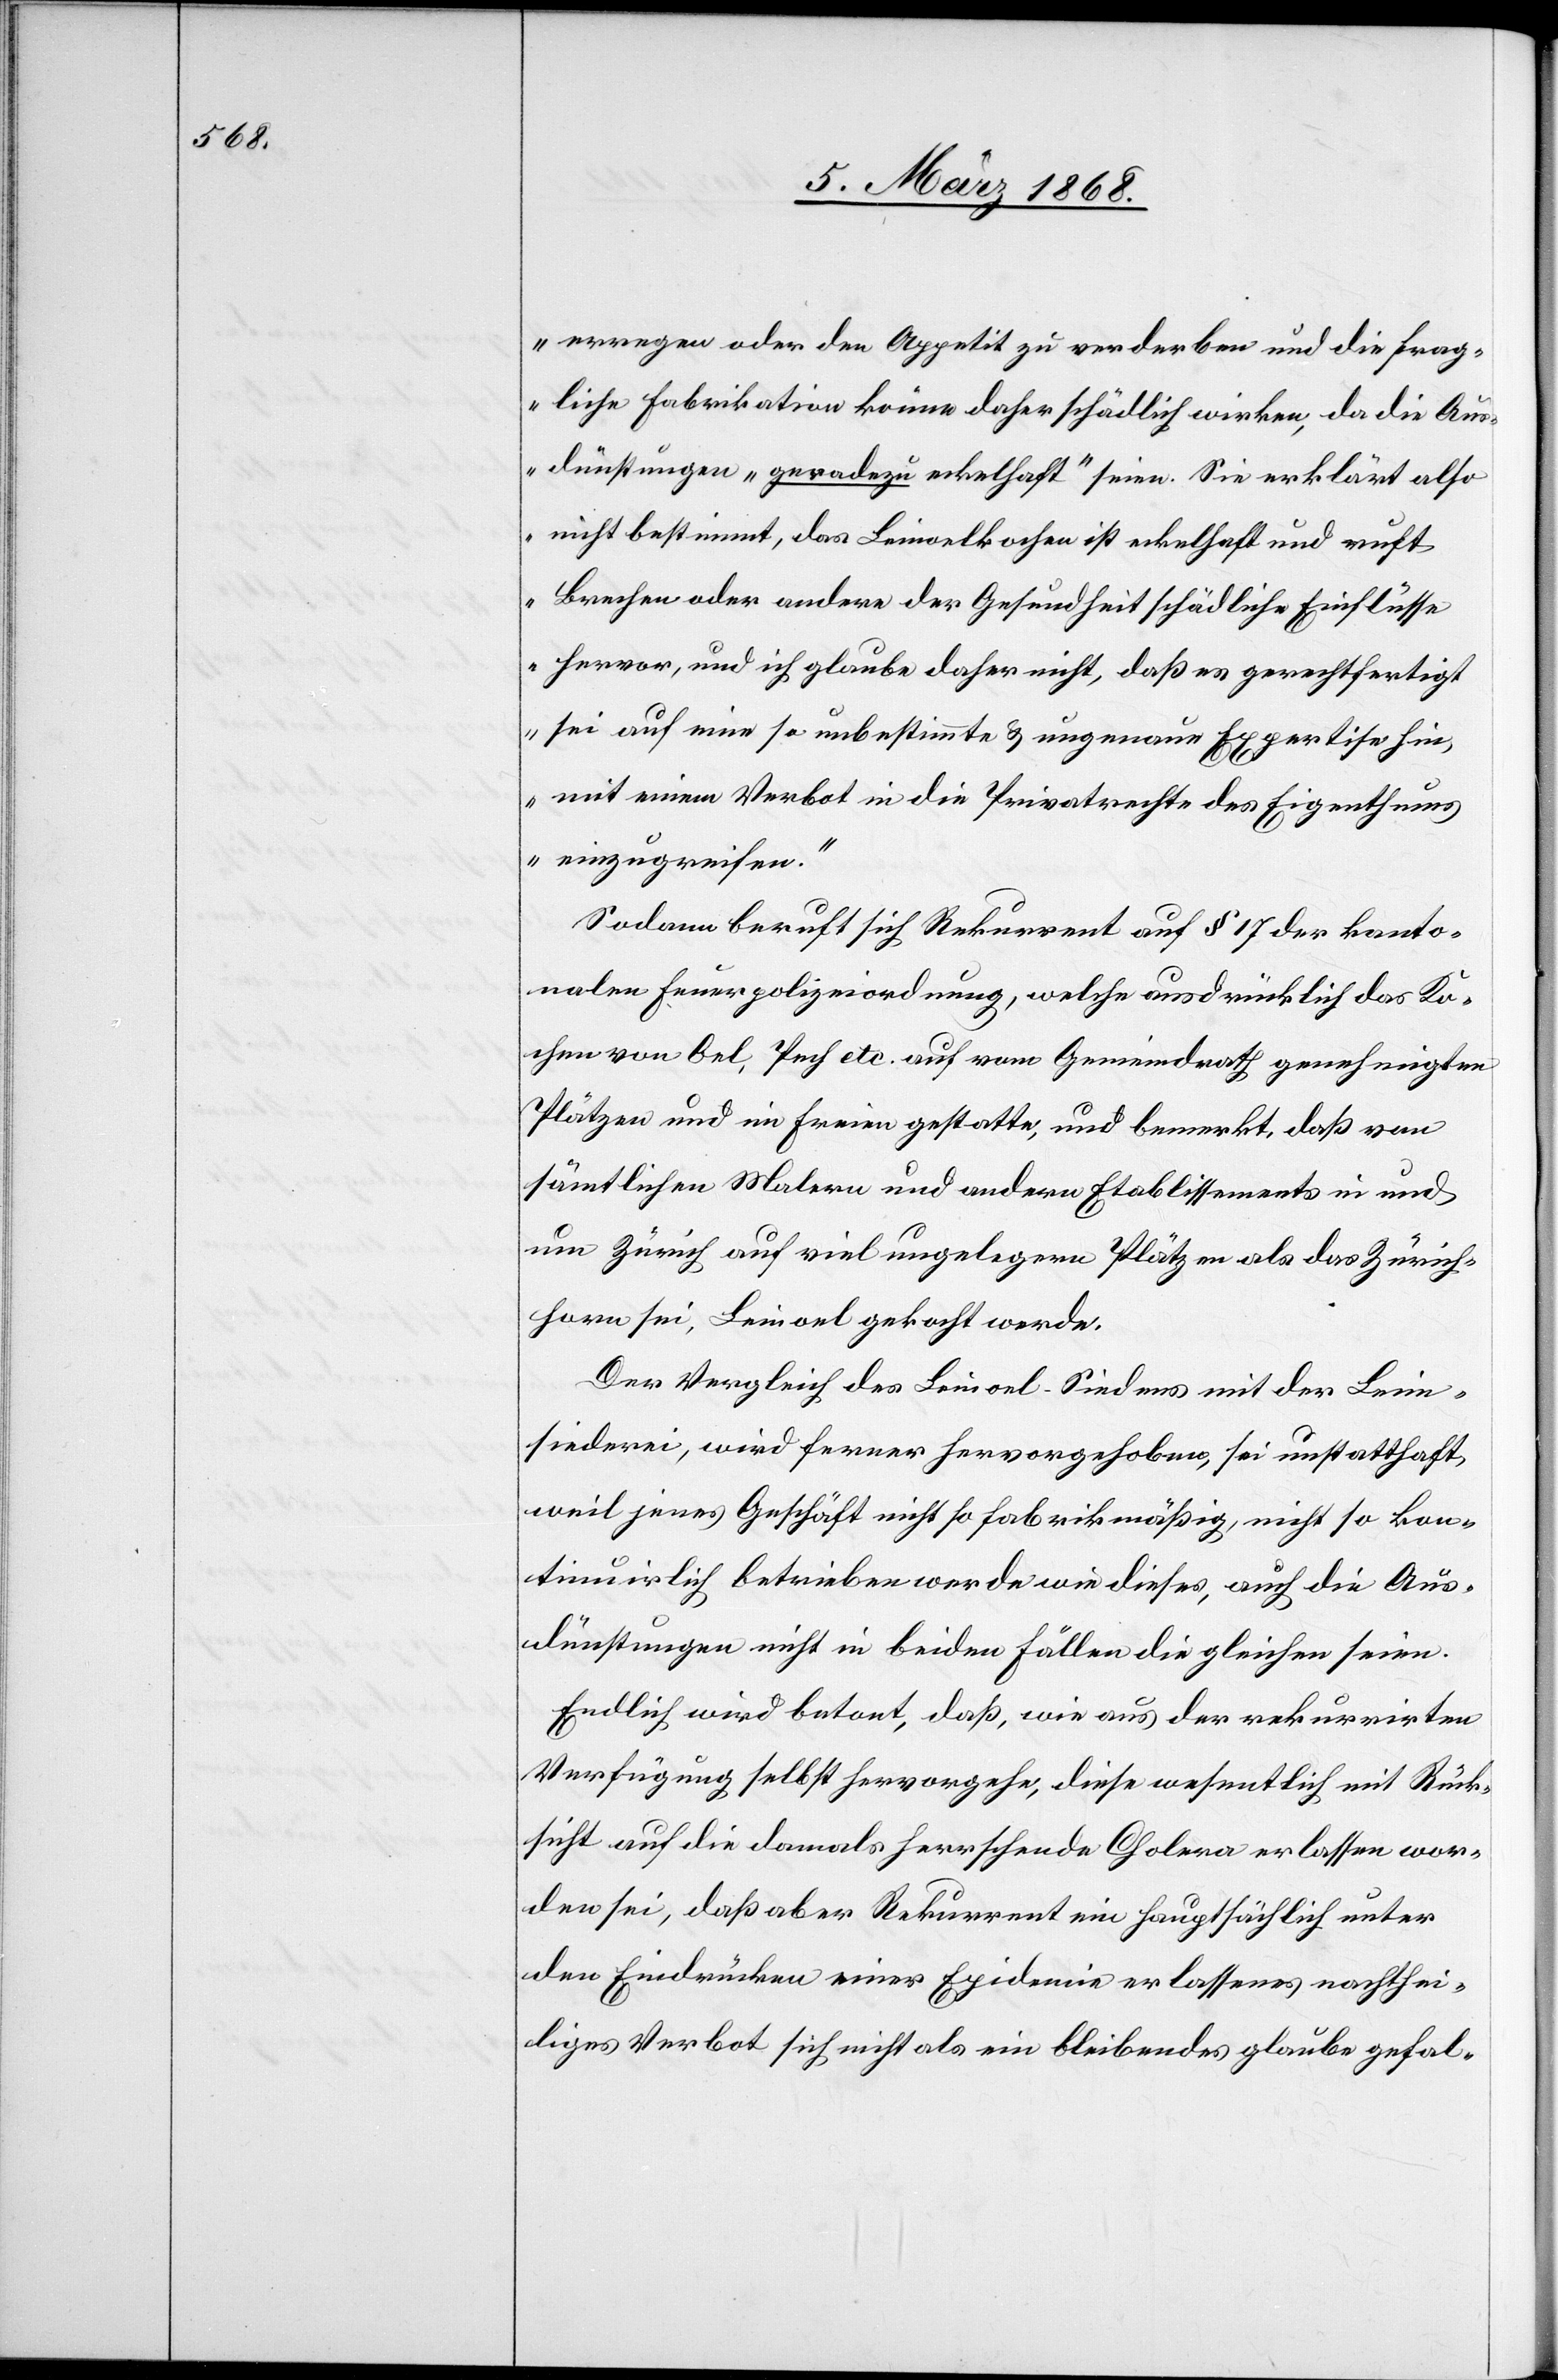
erregen oder den Appetit zu verderben und die frag¬
liche Fabrikation könne daher schädlich wirken, da die Aus¬
dünstungen „geradezu eckelhaft“ seien. Sie erklärt also
nicht bestimmt, das Leinoelkochen ist eckelhaft und ruft
Brechen oder andere der Gesundheit schädliche Einflüsse
hervor, und ich glaube daher nicht, daß es gerechtfertigt
sei auf eine so unbestimmte & ungenaue Expertise hin,
mit einem Verbot in die Privatrechte des Eigenthums
einzugreifen.“
Sodann beruft sich Rekurrent auf § 17 der kanto¬
nalen Feuerpolizeiordnung, welche ausdrücklich das Ko¬
chen von Oel, Pech etc. auf vom Gemeindrath genehmigten
Plätzen und im Freien gestatte, und bemerkt, daß von
säm[m]tlichen Malern und andern Etablissements in und
um Zürich auf viel ungelegern Plätzen als das Zürich¬
horn sei, Leinoel gekocht werde.
Der Vergleich des Leinoel-Siedens mit der Lein¬
siederei, wird ferner hervorgehoben, sei unstatthaft
weil jenes Geschäft nicht so fabrikmäßig, nicht so kon¬
tinuirlich betrieben werde wie dieses, auch die Aus¬
dünstungen nicht in beiden Fällen die gleichen seien.
Endlich wird betont, daß, wie aus der rekurrirten
Verfügung selbst hervorgehe, diese wesentlich mit Rück¬
sicht auf die damals herrschende Cholera erlassen wor¬
den sei, daß aber Rekurrent ein hauptsächlich unter
den Eindrücken einer Epidemie erlassenes nachthei¬
liges Verbot sich nicht als ein bleibendes glaube gefal-